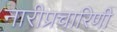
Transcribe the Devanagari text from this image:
नारीप्रचारिणी